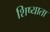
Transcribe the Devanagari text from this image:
शिष्याता